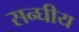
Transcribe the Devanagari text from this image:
सन्घीय